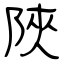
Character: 陜